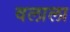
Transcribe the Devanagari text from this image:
वलाला